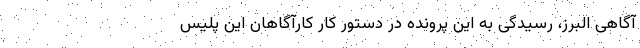
آگاهی البرز، رسیدگی به این پرونده در دستور کار کارآگاهان این پلیس